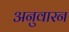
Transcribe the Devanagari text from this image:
अनुवारन